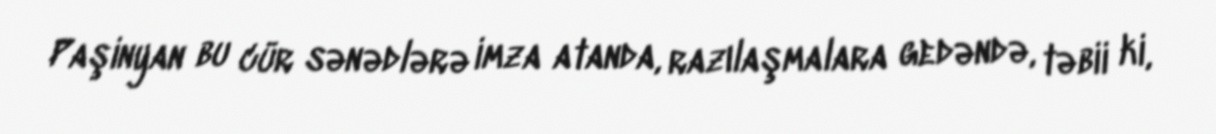
Paşinyan bu cür sənədlərə imza atanda, razılaşmalara gedəndə, təbii ki,